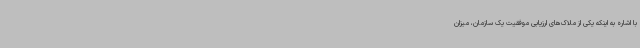
با اشاره به اینکه یکی از ملاک‌های ارزیابی موفقیت یک سازمان، میزان